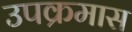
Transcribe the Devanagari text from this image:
उपक्रमास